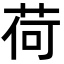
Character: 荷